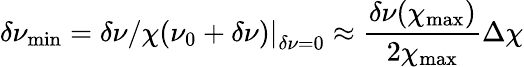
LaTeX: \delta\nu_{\mathrm{min}}=\left.\delta\nu/\chi(\nu_{0}+\delta\nu)\right|_{\delta\nu=0}\approx\frac{\delta\nu(\chi_{\mathrm{max}})}{2\chi_{\mathrm{max}}}\Delta\chi